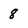
Character: 8